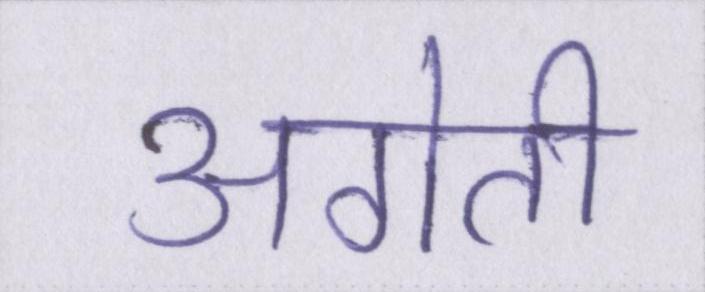
अगेती